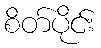
စိတ်ပိုင်း